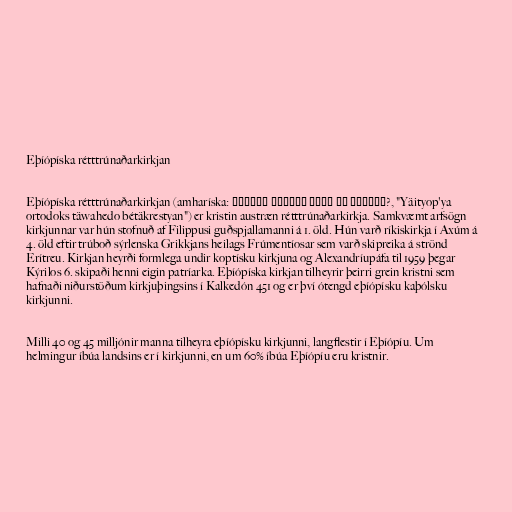
Eþíópíska rétttrúnaðarkirkjan

Eþíópíska rétttrúnaðarkirkjan (amharíska: የኢትዮጵያ ኦርቶዶክስ ተዋሕዶ ቤተ ክርስቲያን?, "Yäityop'ya
ortodoks täwahedo bétäkrestyan") er kristin austræn rétttrúnaðarkirkja. Samkvæmt arfsögn
kirkjunnar var hún stofnuð af Filippusi guðspjallamanni á 1. öld. Hún varð ríkiskirkja í Axúm á
4. öld eftir trúboð sýrlenska Grikkjans heilags Frúmentíosar sem varð skipreika á strönd
Erítreu. Kirkjan heyrði formlega undir koptísku kirkjuna og Alexandríupáfa til 1959 þegar
Kýrilos 6. skipaði henni eigin patríarka. Eþíópíska kirkjan tilheyrir þeirri grein kristni sem
hafnaði niðurstöðum kirkjuþingsins í Kalkedón 451 og er því ótengd eþíópísku kaþólsku
kirkjunni.

Milli 40 og 45 milljónir manna tilheyra eþíópísku kirkjunni, langflestir í Eþíópíu. Um
helmingur íbúa landsins er í kirkjunni, en um 60% íbúa Eþíópíu eru kristnir.